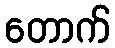
တောက်